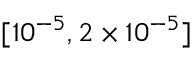
[ 1 0 ^ { - 5 } , 2 \times 1 0 ^ { - 5 } ]